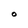
Character: O